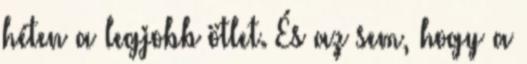
héten a legjobb ötlet. És az sem, hogy a